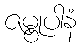
ဇမ္ဗုပါနံ